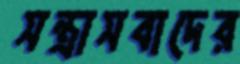
সন্ত্রাসবাদের